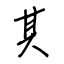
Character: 其